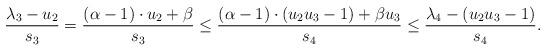
LaTeX: \begin{align*}\frac{\lambda_3-u_2}{s_3}=\frac{(\alpha-1)\cdot u_2+\beta}{s_3}\leq \frac{(\alpha-1)\cdot (u_2u_3-1)+\beta u_3 }{s_4}\leq \frac{\lambda_4-(u_2u_3-1)}{s_4}.\end{align*}